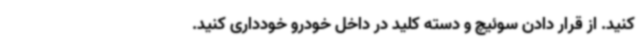
کنید. از قرار دادن سوئیچ و دسته کلید در داخل خودرو خودداری کنید.